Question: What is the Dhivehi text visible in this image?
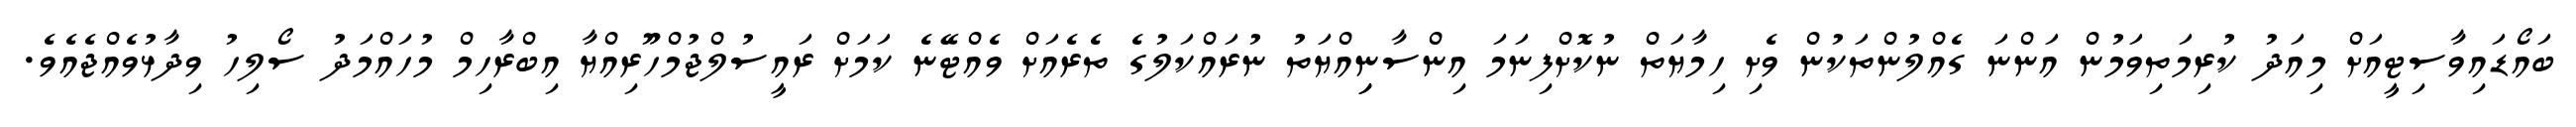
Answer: ބައޯޑައިވާސިޓީއަށް މިއަދު ކުރިމަތިވަމުން އަންނަ ގެއްލުންތަކުން ވެށި ހިމާޔަތް ނުކޮށްފިނަމަ އިންސާނިިއްޔަތު ނުރައްކަލުގެ ތެރެއަށް ވެއްޓޭނެ ކަމަށް ރައީސުލްޖުމްހޫރިއްޔާ އިބްރާހިމް މުހައްމަދު ސޯލިހު ވިދާޅުވެއްޖެއެވެ.